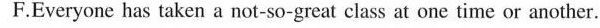
F.Everyone has taken a not-so-great class at one time or another.